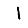
Digit: 1